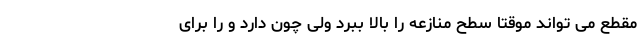
مقطع می تواند موقتاً سطح منازعه را بالا ببرد ولی چون دارد و را برای